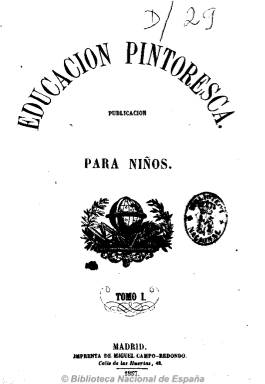
Título: Educación pintoresca
Colección: Revistas infantiles
Ámbito geográfico: Madrid
Lugar de publicación: Madrid
Fechas: 01/01/1857-31/12/1859

Con el subtítulo de “publicación para niños”, es una revista que publica artículos de ciencias naturales y físicas, geografía, biografías breves de personajes célebres, historia, descripciones de monumentos, que dio también cabida a cuentos de escritores especialmente pensados para el público infantil, de Fernán Caballero (1796-1877), Antonio Trueba (1821-1889) o Joaquina García Balmaseda (1837-1893), y a composiciones en verso, fábulas, leyendas, pensamientos, etc. Asimismo contiene grabados y litografías. Dirigida por P.J. Peña, también publican en ella Gaspar Núñez Arce (1834-1903), José María de Larrea (1828-1863), Carlos Frontaura (1834-1910), Juan Antonio Viedma (1831-1869), Emilio de Tamarit (-1882) y Modesto Infante

Aunque en su propósito pedagógico late un rechazo a la secularización liberal, acepta la instrucción para las mujeres. La colección consta de 96 entregas –cuatro al mes- que forman cuatro tomos, con un índice al final de cada uno. Fue estampada en la imprenta de Miguel Campo-Redondo.